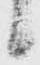
候